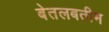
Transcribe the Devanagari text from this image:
बेतलबतीम